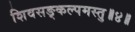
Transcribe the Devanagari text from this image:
शिवसङ्कल्पमस्तु॥४॥